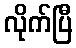
လိုက်ပြီ